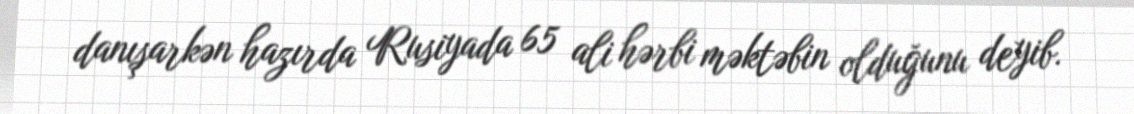
danışarkən hazırda Rusiyada 65 ali hərbi məktəbin olduğunu deyib.